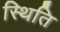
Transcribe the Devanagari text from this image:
स्थिति